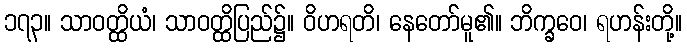
၁၇၃။ သာဝတ္ထိယံ၊ သာဝတ္ထိပြည်၌။ ဝိဟရတိ၊ နေတော်မူ၏။ ဘိက္ခဝေ၊ ရဟန်းတို့။